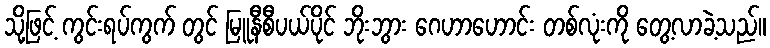
သို့ဖြင့် ကွင်းရပ်ကွက် တွင် မြူနီစီပယ်ပိုင် ဘိုးဘွား ဂေဟာဟောင်း တစ်လုံးကို တွေ့လာခဲ့သည်။